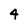
Character: 4